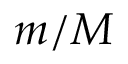
m / M